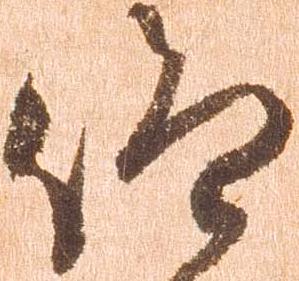
仰